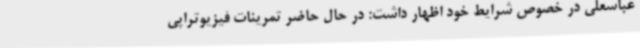
عباسعلی در خصوص شرایط خود اظهار داشت: در حال حاضر تمرینات فیزیوتراپی